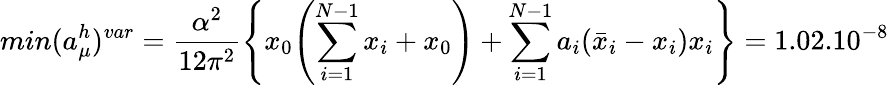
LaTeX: min(a_{\mu}^{h})^{var}=\frac{\alpha^{2}}{12\pi^{2}}\Biggl\{ x_{0}\Biggl(\sum_{i=1}^{N-1}x_{i}+x_{0}\Biggr)+\sum_{i=1}^{N-1}a_{i}(\bar{x}_{i}-x_{i})x_{i}\Biggr\} =1.02.10^{-8}